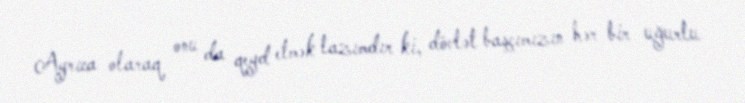
Ayrıca olaraq onu da qeyd etmək lazımdır ki, dövlət başçımızın hər bir uğurlu